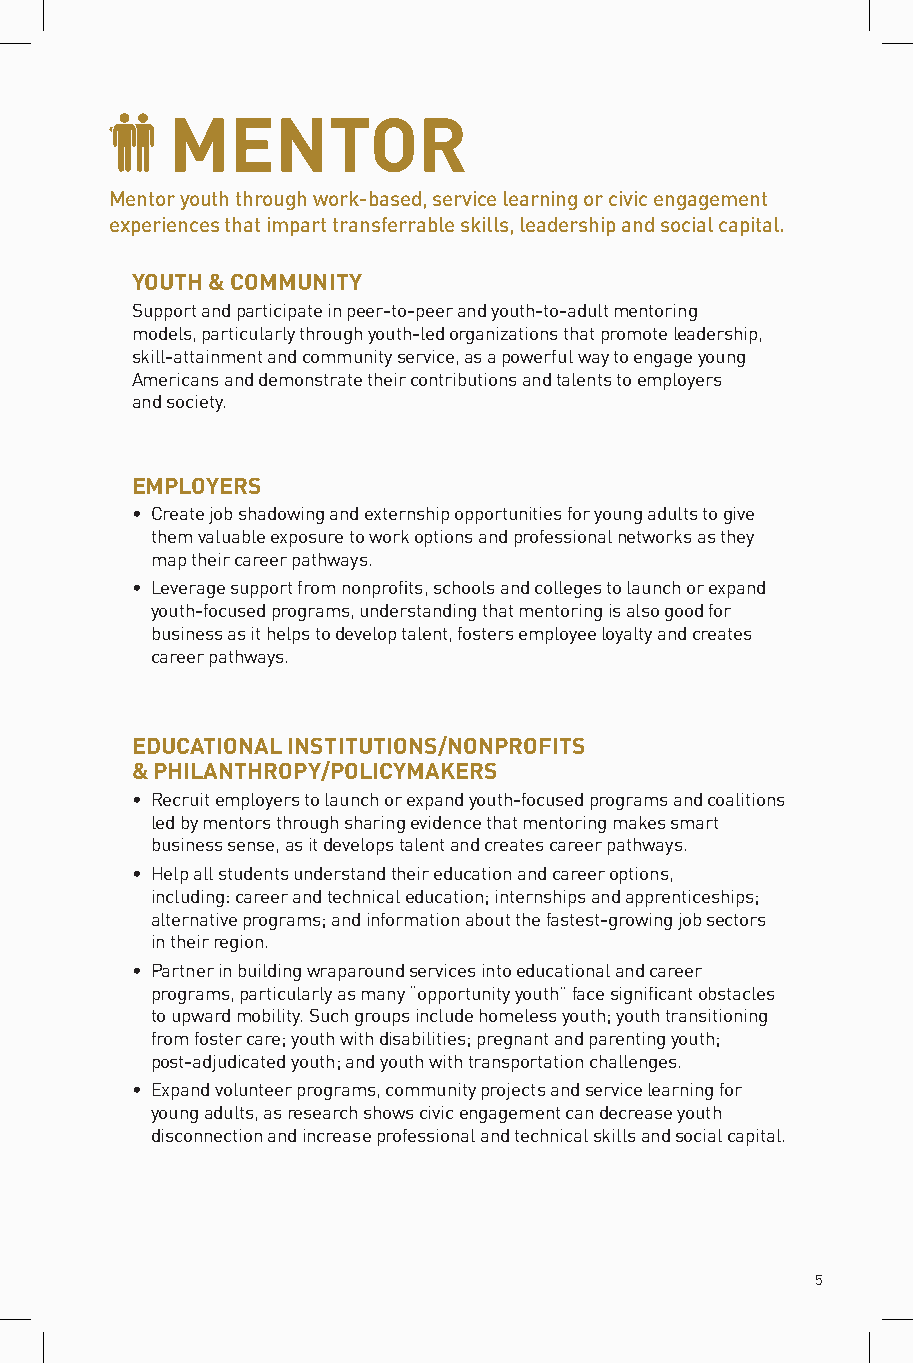
MENTOR
 Mentor youth through work-based, service learning or civic engagement
 experiences that impart transferrable skills, leadership and social capital.
 YOUTH & COMMUNITY
 Support and participate in peer-to-peer and youth-to-adult mentoring
 models, particularly through youth-led organizations that promote leadership,
 skill-attainment and community service, as a powerful way to engage young
 Americans and demonstrate their contributions and talents to employers
 and society.
 EMPLOYERS
 • Create job shadowing and externship opportunities for young adults to give
 them valuable exposure to work options and professional networks as they
 map their career pathways.
 • Leverage support from nonprofits, schools and colleges to launch or expand
 youth-focused programs, understanding that mentoring is also good for
 business as it helps to develop talent, fosters employee loyalty and creates
 career pathways.
 EDUCATIONAL INSTITUTIONS/NONPROFITS
 & PHILANTHROPY/POLICYMAKERS
 • Recruit employers to launch or expand youth-focused programs and coalitions
 led by mentors through sharing evidence that mentoring makes smart
 business sense, as it develops talent and creates career pathways.
 • Help all students understand their education and career options,
 including: career and technical education; internships and apprenticeships;
 alternative programs; and information about the fastest-growing job sectors
 in their region.
 • Partner in building wraparound services into educational and career
 programs, particularly as many “opportunity youth” face significant obstacles
 to upward mobility. Such groups include homeless youth; youth transitioning
 from foster care; youth with disabilities; pregnant and parenting youth;
 post-adjudicated youth; and youth with transportation challenges.
 • Expand volunteer programs, community projects and service learning for
 young adults, as research shows civic engagement can decrease youth
 disconnection and increase professional and technical skills and social capital.
 5